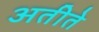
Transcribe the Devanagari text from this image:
अतीते